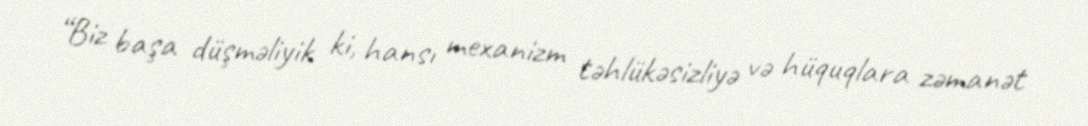
“Biz başa düşməliyik ki, hansı mexanizm təhlükəsizliyə və hüquqlara zəmanət